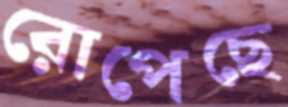
রোপেছে